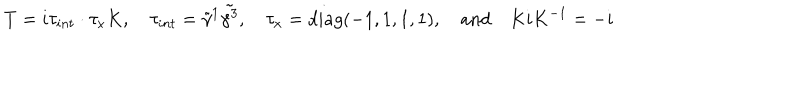
LaTeX: T = i \tau _ { i n t } \cdot \tau _ { x } K , \quad \tau _ { i n t } = \tilde { \gamma } ^ { 1 } \tilde { \gamma ^ { 3 } } , \quad \tau _ { x } = d i a g ( - 1 , 1 , 1 , 1 ) , \quad \mathrm { a n d } \quad K i K ^ { - 1 } = - i